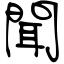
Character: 聞